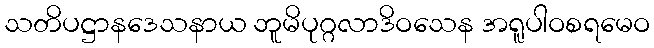
သတိပဋ္ဌာနဒေသနာယ ဘူမိပုဂ္ဂလာဒိဝသေန အရူပါဝစရမေဝ